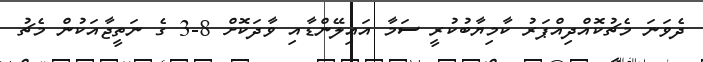
ދެވަނަ މެޗުކޮއްދިއްޕަރު ކާމިޔާބުކުރީ ސަމާ އައިލޭންޑާއި ވާދަކޮށް 8-3 ގެ ނަތީޖާއަކުން މެޗު